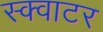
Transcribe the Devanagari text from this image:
स्क्वाटर